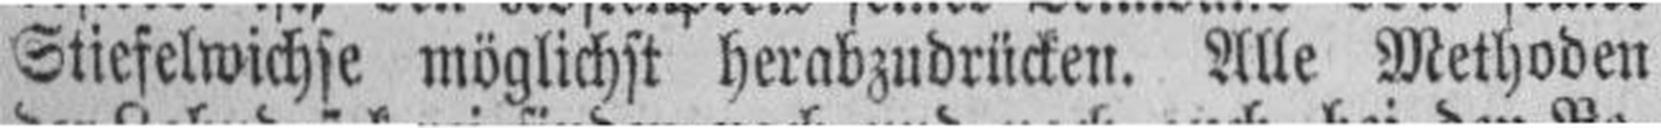
Stiefelwichse möglichst herabzudrücken. Alle Methoden